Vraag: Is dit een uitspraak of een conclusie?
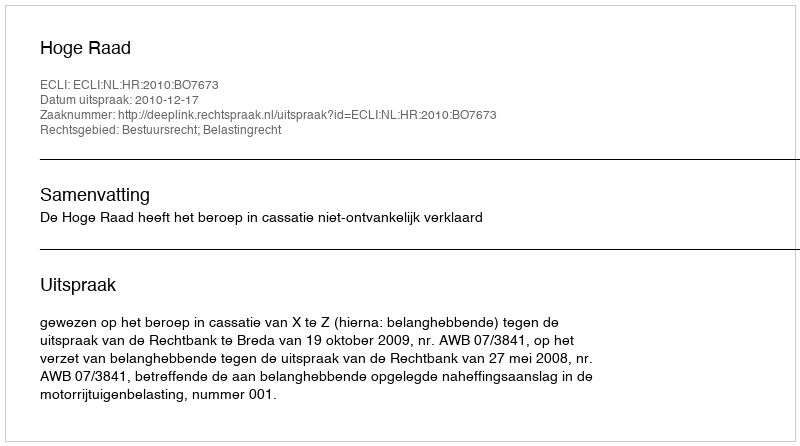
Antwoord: Uitspraak